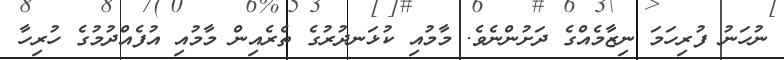
ނުހަނު ފުރިހަމަ ނިޒާމެއްގެ ދަށުންނެވެ. މާމުއި ކުޅަނދުރުގެ ތެރެއިން މާމުއި އުފެއްދުމުގެ ހުރިހާ